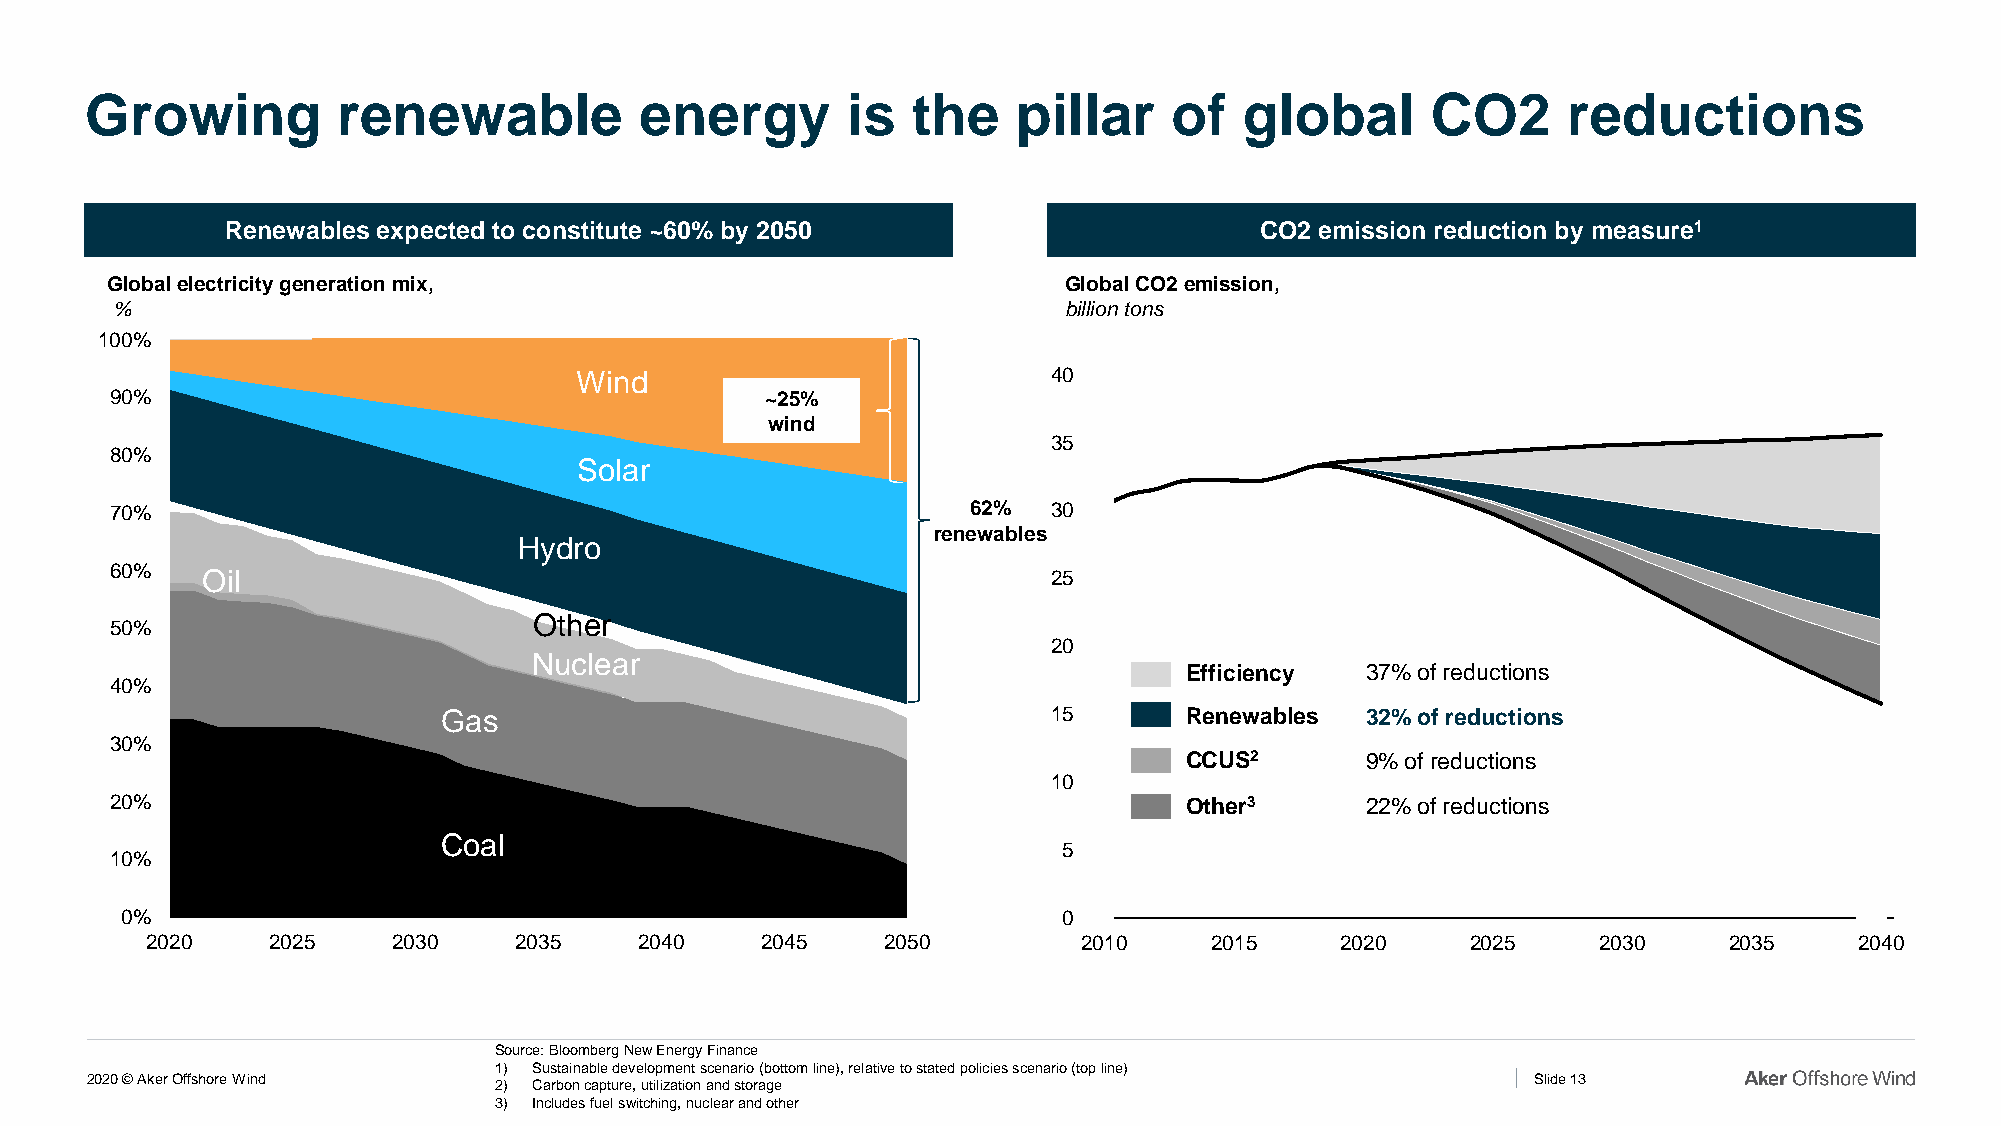
Growing         renewable           energy        is  the    pillar     of  global       CO2      reductions
 Renewables expected to constitute ~60% by 2050                      CO2 emission reduction by measure1
 Global electricity generation mix,                              Global CO2 emission,
 %                                                               billion tons
 100%
 Wind                            40
 90%                                         ~25%
 wind
 35
 80%
 Solar
 70%                                                      62%   30
 renewables
 Hydro
 60%   Oil                                                      25
 Other
 50%
 20
 Nuclear
 Efficiency  37% of reductions
 40%
 Gas                                      15      Renewables  32% of reductions
 30%
 CCUS2       9% of reductions
 10
 20%                                                                    Other3      22% of reductions
 Coal
 5
 10%
 0%                                                            0
 2020    2025    2030    2035    2040    2045     2050         2010    2015     2020    2025     2030    2035     2040
 Source: Bloomberg New Energy Finance
 1) Sustainable development scenario (bottom line), relative to stated policies scenario (top line)
 2020 © Aker Offshore Wind                                                                       Slide 13
 2) Carbon capture, utilization and storage
 3) Includes fuel switching, nuclear and other